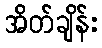
အိတ်ချိန်း